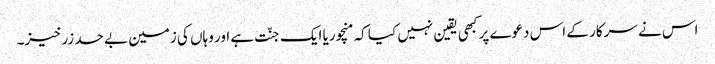
اس نے سرکار کے اس دعوے پر کبھی یقین نہیں کیا کہ منچوریا ایک جنّت ہے اور وہاں کی زمین بے حد زرخیز۔